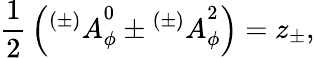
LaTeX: {\frac{1}{2}}\left({^{(\pm)}A}_{\phi}^{0}\pm{^{(\pm)}A}_{\phi}^{2}\right)=z_{\pm},